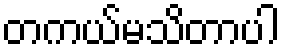
တကယ်မသိတာပါ